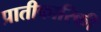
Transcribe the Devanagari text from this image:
प्रातीकारिकी